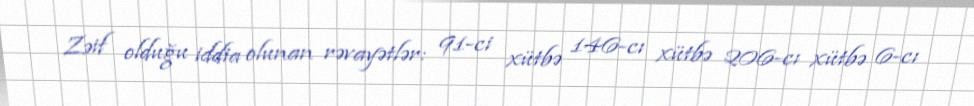
Zəif olduğu iddia olunan rəvayətlər: 91-ci xütbə 146-cı xütbə 206-cı xütbə 6-cı